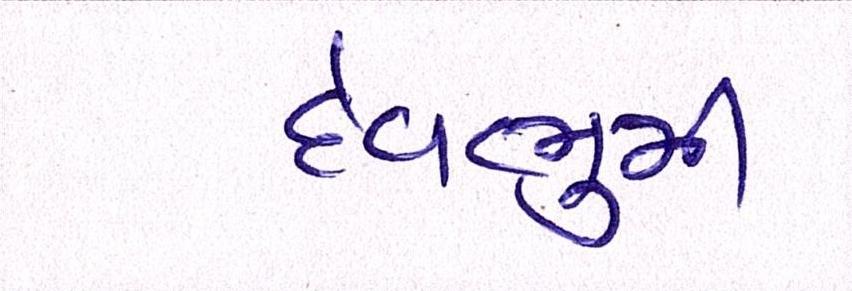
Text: દેવભુમી